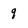
Character: q